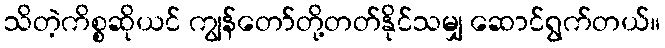
သိတဲ့ကိစ္စဆိုယင် ကျွန်တော်တို့တတ်နိုင်သမျှ ဆောင်ရွက်တယ်။